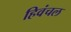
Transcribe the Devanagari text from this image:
हिवंचल